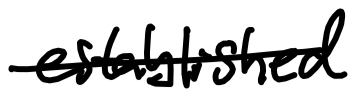
Text: established
Cross-out: single-line
Writing tool: digital_black